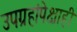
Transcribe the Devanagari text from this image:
उपग्रहांपेक्षाही